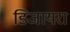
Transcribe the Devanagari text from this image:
डिजायरा